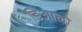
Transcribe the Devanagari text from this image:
डिआलो